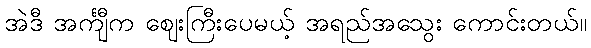
အဲဒီ အင်္ကျီက ဈေးကြီးပေမယ့် အရည်အသွေး ကောင်းတယ်။